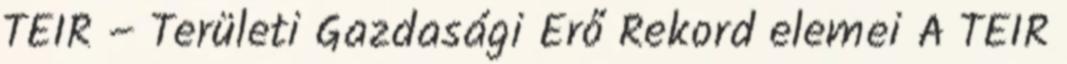
TEIR – Területi Gazdasági Erő Rekord elemei A TEIR